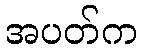
အပတ်က